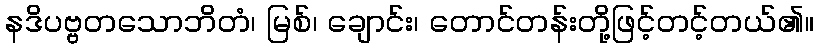
နဒိပဗ္ဗတသောဘိတံ၊ မြစ်၊ ချောင်း၊ တောင်တန်းတို့ဖြင့်တင့်တယ်၏။